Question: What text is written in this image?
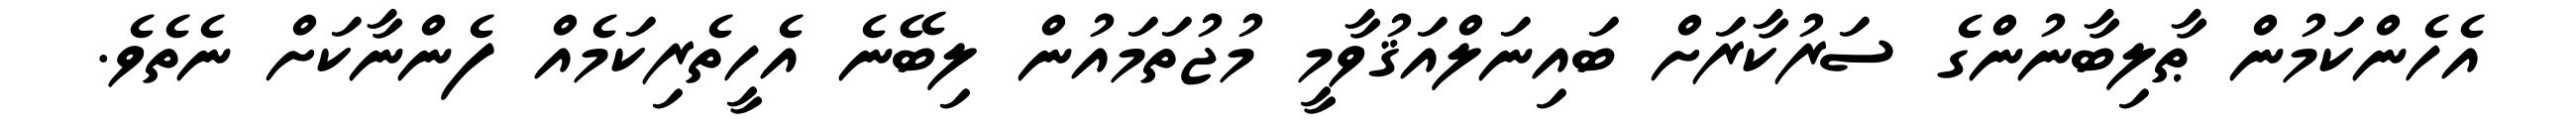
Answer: އެހެންކަމުން ޠާލިބާނުންގެ ސަރުކާރަށް ބައިނަލްއަޤުވާމީ މުޖުތަމައުން ލިބޭނެ އެހީތެރިކަމެއް ފެންނާކަށް ނެތެވެ.